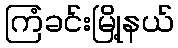
ကြံခင်းမြို့နယ်